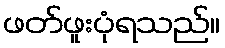
ဖတ်ဖူးပုံရသည်။